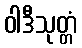
ဝါဒီသုတ္တံ